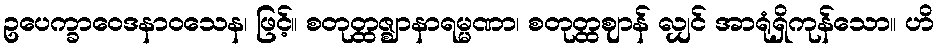
ဥပေက္ခာဝေဒနာဝသေန၊ ဖြင့်။ စတုတ္ထဇ္ဈာနာရမ္မဏာ၊ စတုတ္ထဈာန် လျှင် အာရုံရှိကုန်သော။ ဟိ